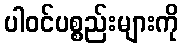
ပါဝင်ပစ္စည်းများကို